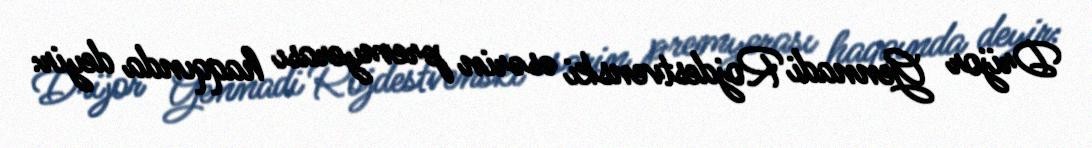
Drijor Gennadi Rojdestvenski əsərin premyerası haqqında deyir: